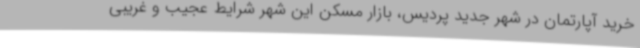
خرید آپارتمان در شهر جدید پردیس، بازار مسکن این شهر شرایط عجیب و غریبی